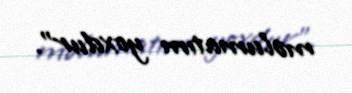
məlumatım yoxdur”.